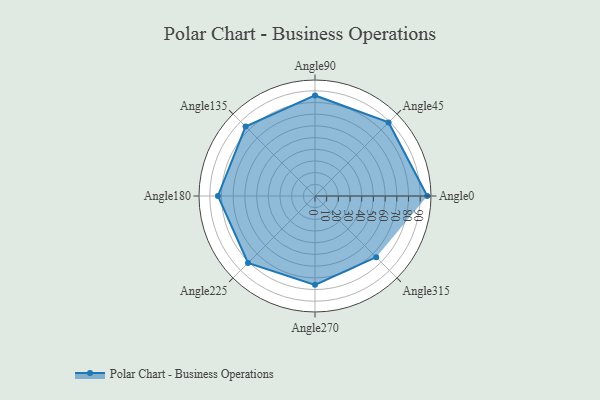
{"axis": {"x": "Angle", "y": "Radius"}, "legend": [""], "data": [{"x": "Angle0", "y": 96.0, "type": ""}, {"x": "Angle45", "y": 89.0, "type": ""}, {"x": "Angle90", "y": 86.0, "type": ""}, {"x": "Angle135", "y": 84.0, "type": ""}, {"x": "Angle180", "y": 83.0, "type": ""}, {"x": "Angle225", "y": 81.0, "type": ""}, {"x": "Angle270", "y": 76.0, "type": ""}, {"x": "Angle315", "y": 74.0, "type": ""}]}